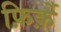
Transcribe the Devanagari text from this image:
फ़िर्क़े